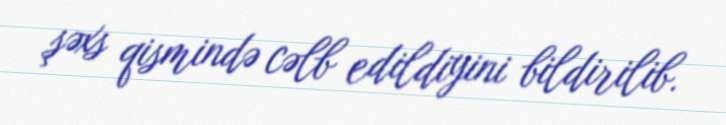
şəxs qismində cəlb edildiyini bildirilib.